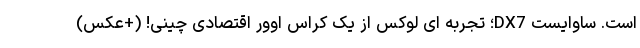
است. ساوایست DX7؛ تجربه ای لوکس از یک کراس اوور اقتصادی چینی! (+عکس)